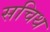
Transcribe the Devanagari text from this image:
सचिथ